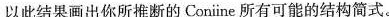
以此结果画出你所推断的Coniine所有可能的结构简式。